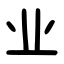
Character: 业